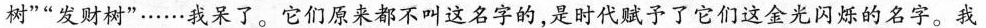
树””发财树”……我呆了。它们原来都不叫这名字的，是时代赋予了它们这金光闪烁的名字。我